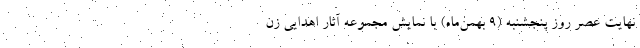
نهایت عصر روز پنجشنبه (۹ بهمن‌ماه) با نمایش مجموعه آثار اهدایی زن